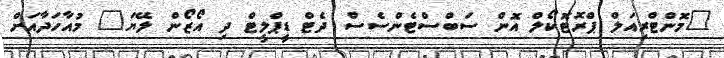
"މޮންޓްރިއަލް ޕްރޮޓޮކޯލް އޮން ސަބްސްޓެންސެސް ދެޓް ޑީޕްލީޓް ދި އޯޒޯން ލޭޔަ" މުއާހަދާއަށް